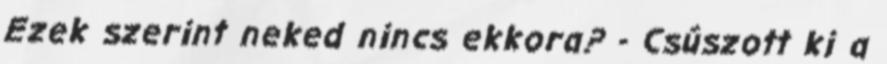
Ezek szerint neked nincs ekkora? - Csúszott ki a